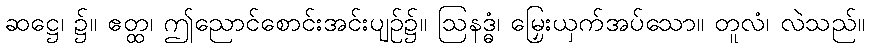
ဆဋ္ဌေ၊ ၌။ ဧတ္ထ၊ ဤညောင်စောင်းအင်းပျဉ်၌။ ဩနဒ္ဓံ၊ မြှေးယှက်အပ်သော။ တူလံ၊ လဲသည်။